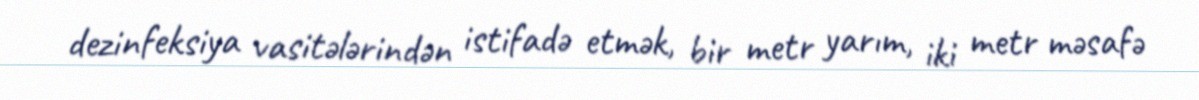
dezinfeksiya vasitələrindən istifadə etmək, bir metr yarım, iki metr məsafə